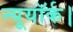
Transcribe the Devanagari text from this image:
न्यूयॉर्क।